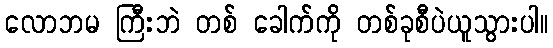
လောဘမ ကြီးဘဲ တစ် ခေါက်ကို တစ်ခုစီပဲယူသွားပါ။